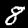
Label: 8